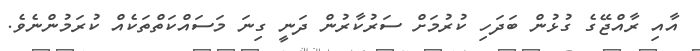
އާއި ރާއްޖޭގެ ގުޅުން ބަދަހި ކުރުމަށް ސަރުކާރުން ދަނީ ގިނަ މަސައްކަތްތަކެއް ކުރަމުންނެވެ.